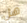
هل